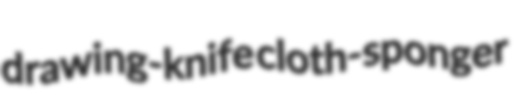
drawing-knife cloth-sponger